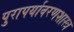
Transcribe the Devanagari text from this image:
पुरापर्यावरणशास्त्र